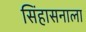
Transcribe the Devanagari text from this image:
सिंहासनाला